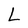
Character: L